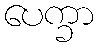
ပေက္ခာ